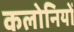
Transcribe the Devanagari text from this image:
कलोनियों